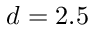
d = 2 . 5